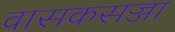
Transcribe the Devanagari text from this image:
वासकसज्जा